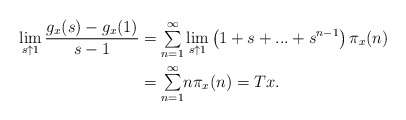
\begin{align*}\lim\limits_{s\uparrow1}\dfrac{g_{x}(s)-g_{x}(1)}{s-1} & ={\textstyle\sum\limits_{n=1}^{\infty}}\lim\limits_{s\uparrow1}\left( 1+s+...+s^{n-1}\right) \pi_{x}(n)\\& ={\textstyle\sum\limits_{n=1}^{\infty}}n\pi_{x}(n)=Tx.\end{align*}